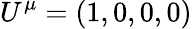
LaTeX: U^{\mu}=\left(1,0,0,0\right)